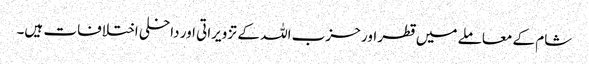
شام کے معاملے میں قطر اور حزب اللہ کے تزویراتی اور داخلی اختلافات ہیں۔